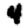
Digit: 4